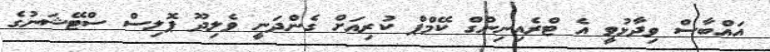
އައްބާސް ވިދާޅުވީ އެ ޓްރެއިނިންގް ކޭމްޕް ކުރިއަށް ގެންދަނީ ވެލިދޫ ޕޮލިސް ސްޓޭޝަނުގެ